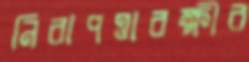
নিরাপত্তারক্ষীর